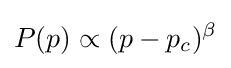
P(p)\propto (p-p_{c})^{\beta }